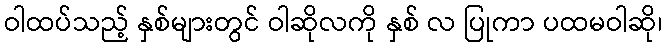
ဝါထပ်သည့် နှစ်များတွင် ဝါဆိုလကို နှစ် လ ပြုကာ ပထမဝါဆို၊